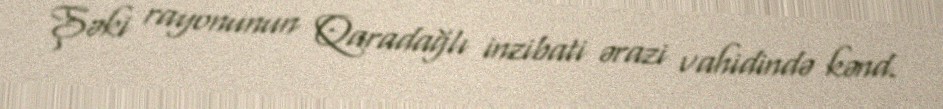
Şəki rayonunun Qaradağlı inzibati ərazi vahidində kənd.